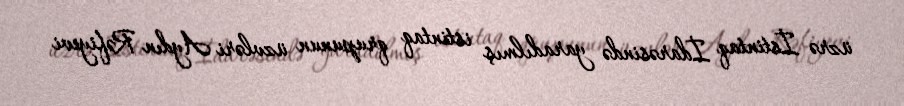
üzrə İstintaq İdarəsində yaradılmış istintaq qrupunun üzvləri Aydın Rəfiyevi